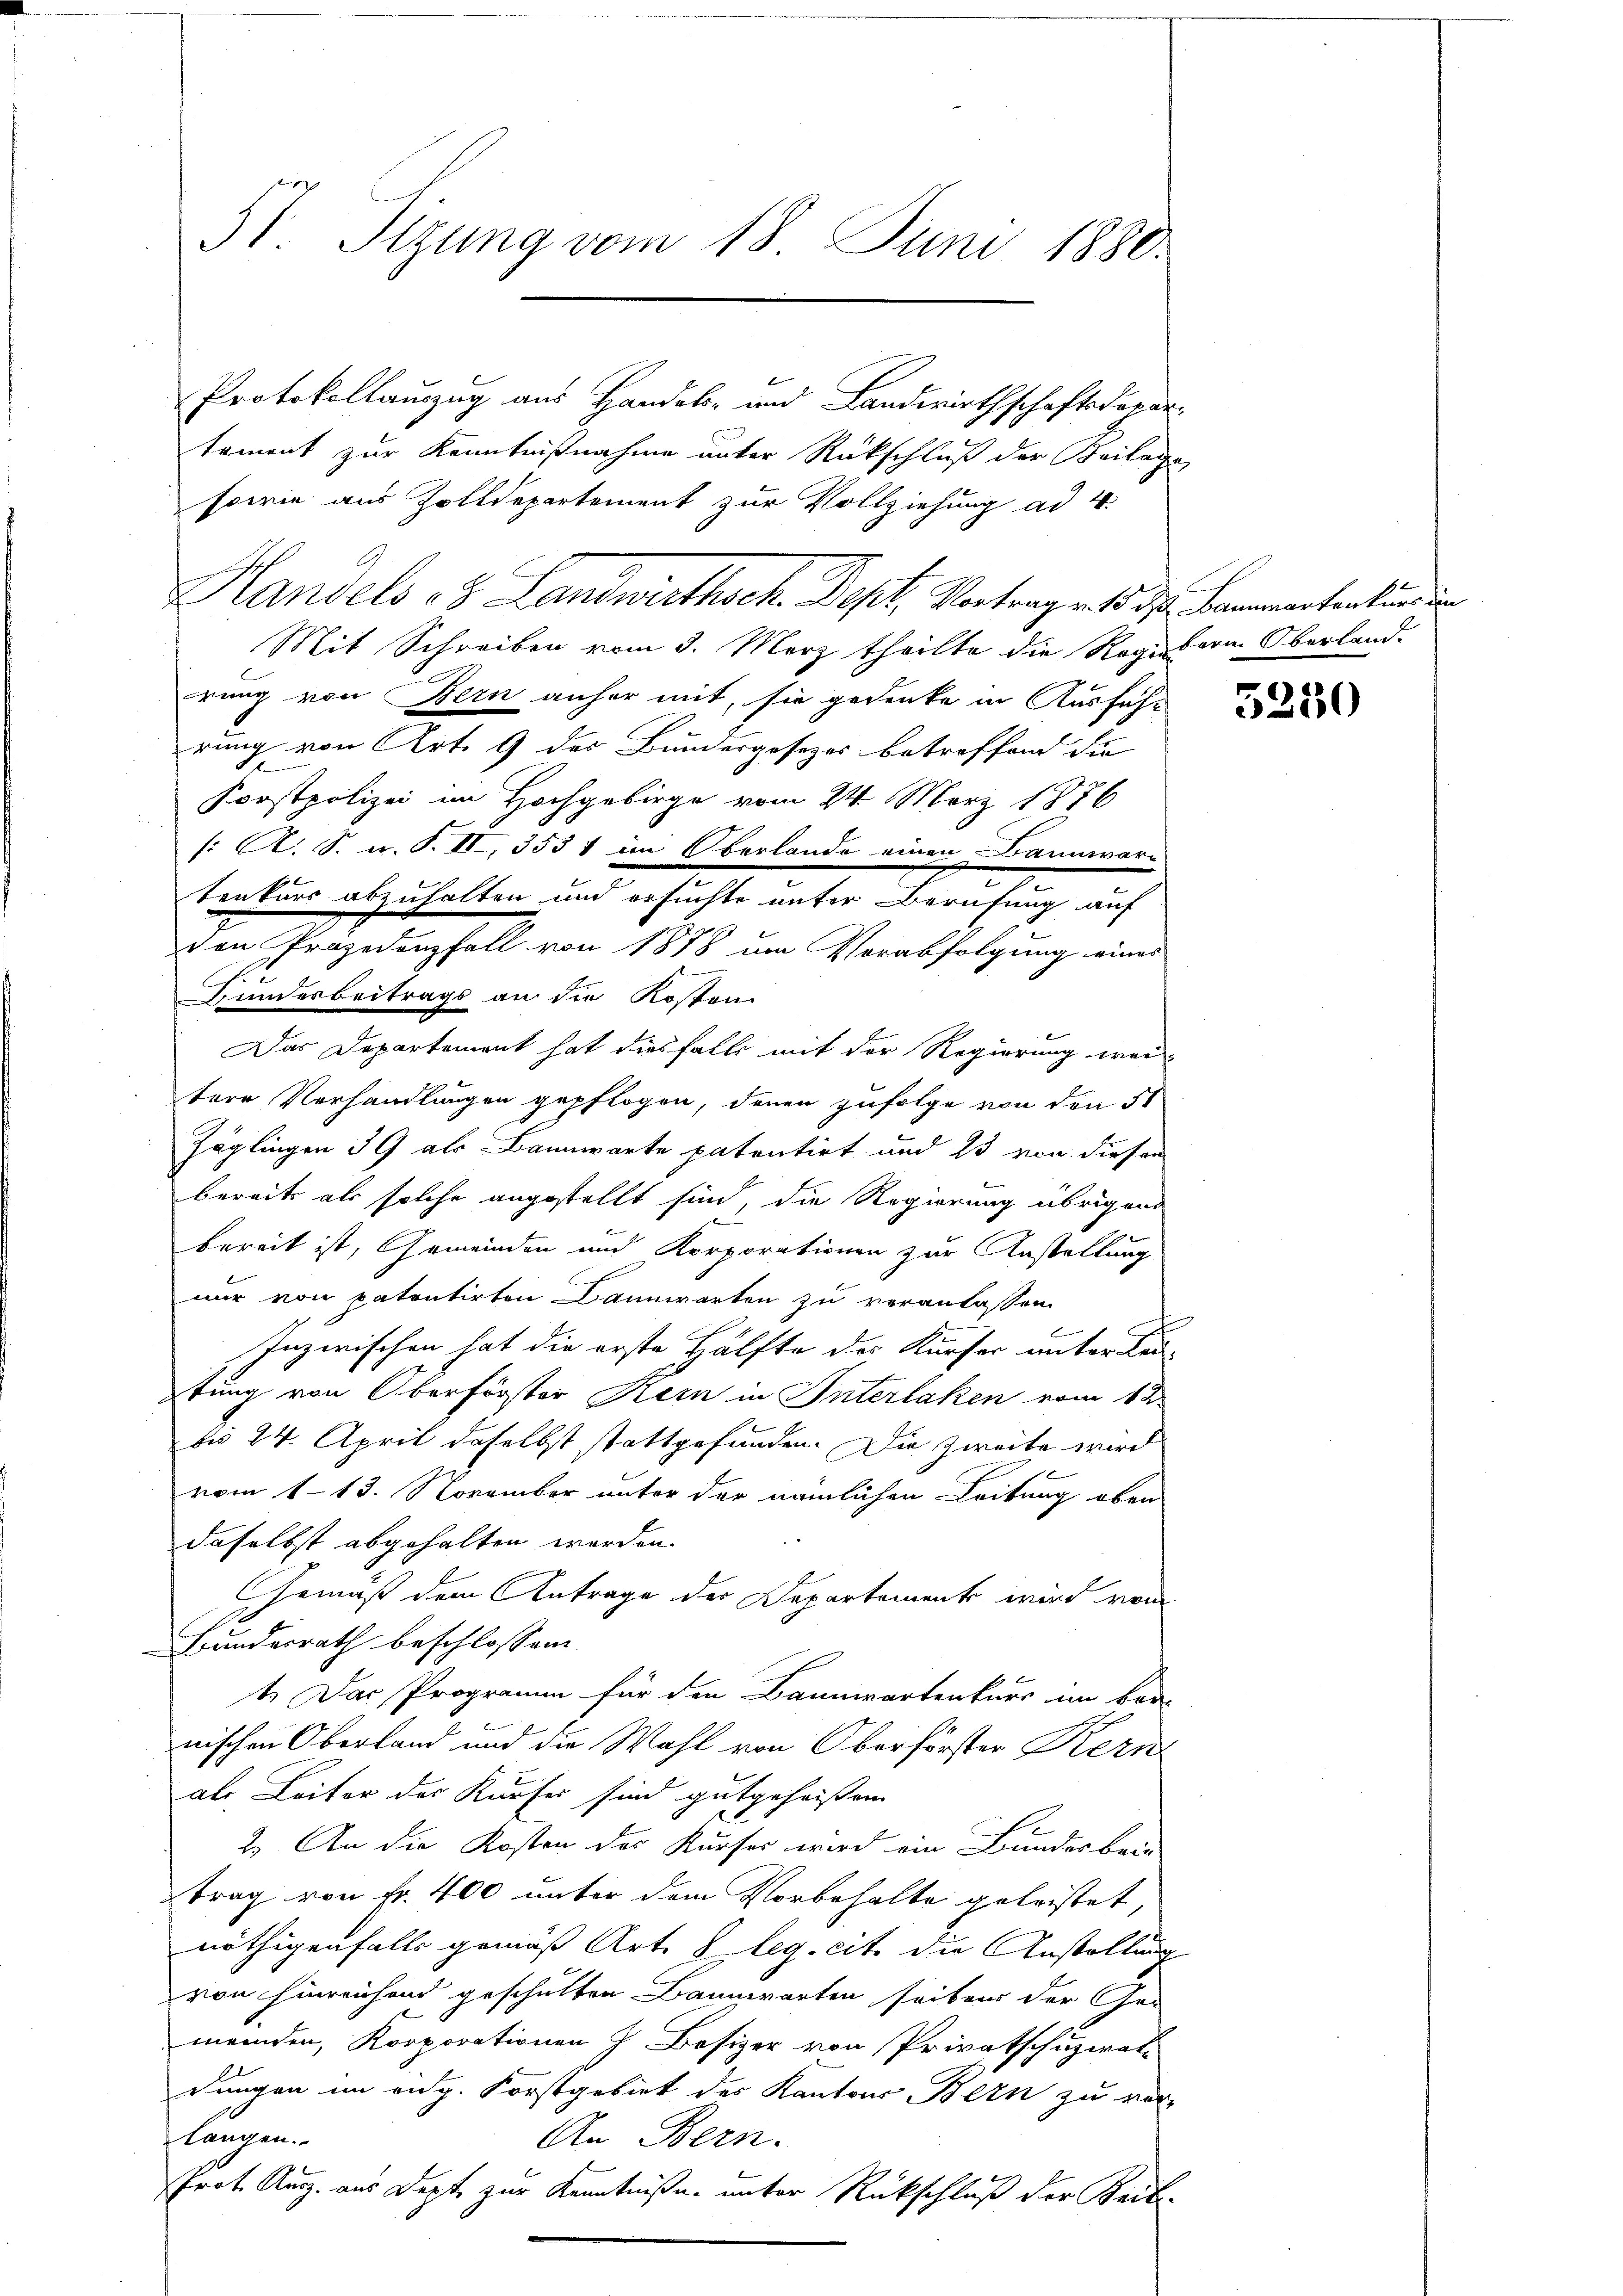
51. Sizung vom 18. Juni 1880.

Protokollauszug aus Handels- und Landwirthschaftskopar
tement zur Kenntnißnahme unter Rückschluß der Beilage
sowie aus Zolldepartement zur Vollziehung ad 4.
Mit Schreiben vom 3. März theilte die Registern Oberland-
rung von Bern anher mit, sie gedenke in Ausfüh-
rung von Art. 9 des Bundesgesezes betroffend de
Forstpolizei im Hochgebirge vom 24. März 1876
: K. S. n. F. II, 3531 im Oberlande einen Bannwar-
tectur abernhalten und gesuchte unter Berechung auf
von Projedenfall von 1878 um Verabfolgung eines
Bundesbeitrags an die Kosten
Das Departement hat diesfalls mit der Regierung wei
tere Verhandlungen gepflogen, denen zufolge von den 5t
u
Zöglingen 39 als Bannwarte patentirt und 23 von diesem
bereits als solche angestellt sind, die Regierung übrigen
bereit ist, Gemeinden und Korporationen zur Anstellung
nur von patentirten Bannwarten zu veranlassen.
Inzwischen hat die erste Hälfte des Kurser unter Re
tung von Oberförster Kern in Interlaken vom 12.
bis 24. April daselbst stattgefunden. Die Zweite wird
vom 1. 13. November unter der nämlichen Leitung oben
daselbst abgehalten werden.
Gemäß dem Antrage der Departement wird vom
Bundesrath beschlossen:
t. Das Programm für den Bannwartenkurs im Bar-
nischen Oberland und die Wahl von Oberförster Kern
als Leiter der Kurfes sind gutgeheissen.
2. An die Kosten des Kurses wird ein Bunderken
trag von Fr. 400 unter dem Vorbehalte geleistet,
nöthigenfalls gemäß Art. 8 leg. cit. die Anstellung
von hinreichend geschulten Bannwarten seitens der Gemeinden, Korporationen z Besizer von Privatschuzwat
dungen im eng. Forstgebiet des Kantons Bern zu ver-
langen.
An Bern.
Prot. Ausz. aus Depte zur Kenntniße unter Rückschluß der Seite

Handels 18. Landwirthsch. Dept. Vortrag mit der Cammertenten dien

5250